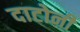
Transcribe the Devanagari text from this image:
दाटोनी